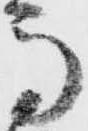
馬